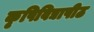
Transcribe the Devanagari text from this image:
कृषिविद्यापीठ